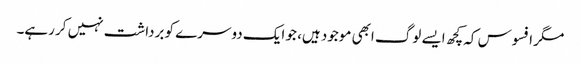
مگر افسوس کہ کچھ ایسے لوگ ابھی موجود ہیں، جو ایک دوسرے کو برداشت نہیں کر رہے۔